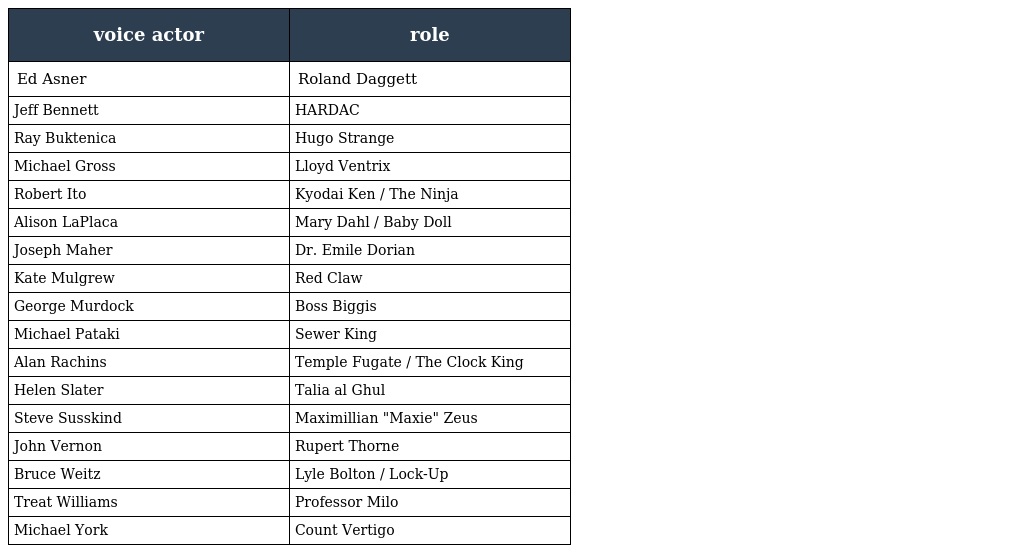
| voice actor | role |
 | --- | --- |
 | Ed Asner | Roland Daggett |
 | Jeff Bennett | HARDAC |
 | Ray Buktenica | Hugo Strange |
 | Michael Gross | Lloyd Ventrix |
 | Robert Ito | Kyodai Ken / The Ninja |
 | Alison LaPlaca | Mary Dahl / Baby Doll |
 | Joseph Maher | Dr. Emile Dorian |
 | Kate Mulgrew | Red Claw |
 | George Murdock | Boss Biggis |
 | Michael Pataki | Sewer King |
 | Alan Rachins | Temple Fugate / The Clock King |
 | Helen Slater | Talia al Ghul |
 | Steve Susskind | Maximillian "Maxie" Zeus |
 | John Vernon | Rupert Thorne |
 | Bruce Weitz | Lyle Bolton / Lock-Up |
 | Treat Williams | Professor Milo |
 | Michael York | Count Vertigo |